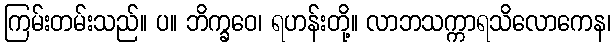
ကြမ်းတမ်းသည်။ ပ။ ဘိက္ခဝေ၊ ရဟန်းတို့။ လာဘသက္ကာရသိလောကေန၊